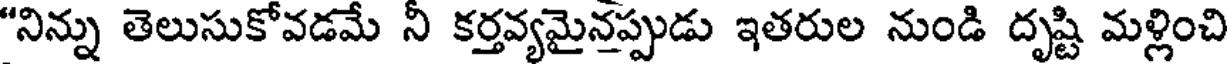
"నిన్ను తెలుసుకోవడమే నీ కర్తవ్యమైనప్పుడు ఇతరుల నుండి దృష్టి మళ్లించి